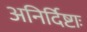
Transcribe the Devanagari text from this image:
अनिर्दिष्टाः